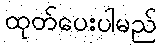
ထုတ်ပေးပါမည်